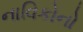
નાવિકોનો